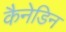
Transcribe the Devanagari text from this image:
कैनेडिन